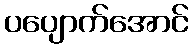
ပပျောက်အောင်